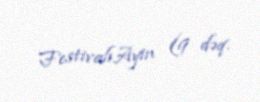
FestivalıAyin (9 dəq.